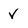
Character: V